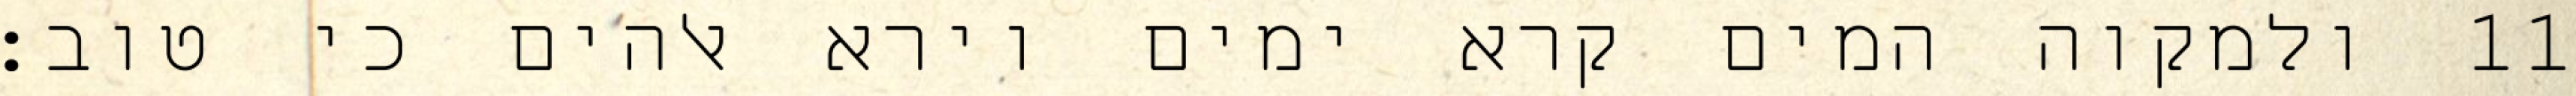
ולמקוה המים קרא ימים וירא אלהים כי טוב׃ ‎11‏